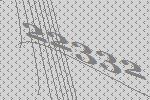
22332